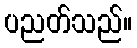
ပညတ်သည်။